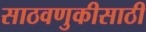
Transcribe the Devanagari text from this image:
साठवणुकीसाठी